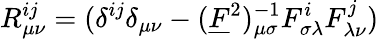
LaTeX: R_{\mu\nu}^{ij}=(\delta^{ij}\delta_{\mu\nu}-(\underline{{{F}}}^{2})_{\mu\sigma}^{-1}F_{\sigma\lambda}^{i}F_{\lambda\nu}^{j})